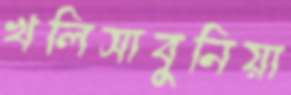
খলিসাবুনিয়া